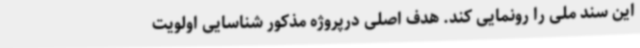
این سند ملی را رونمایی کند. هدف اصلی درپروژه مذکور شناسایی اولویت